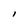
Character: l